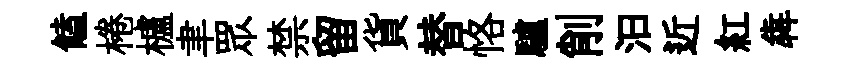
饁棬櫨聿眾禁留貨替恪驢削汩近紅犇